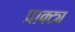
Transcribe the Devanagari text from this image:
प्राक्ट्य